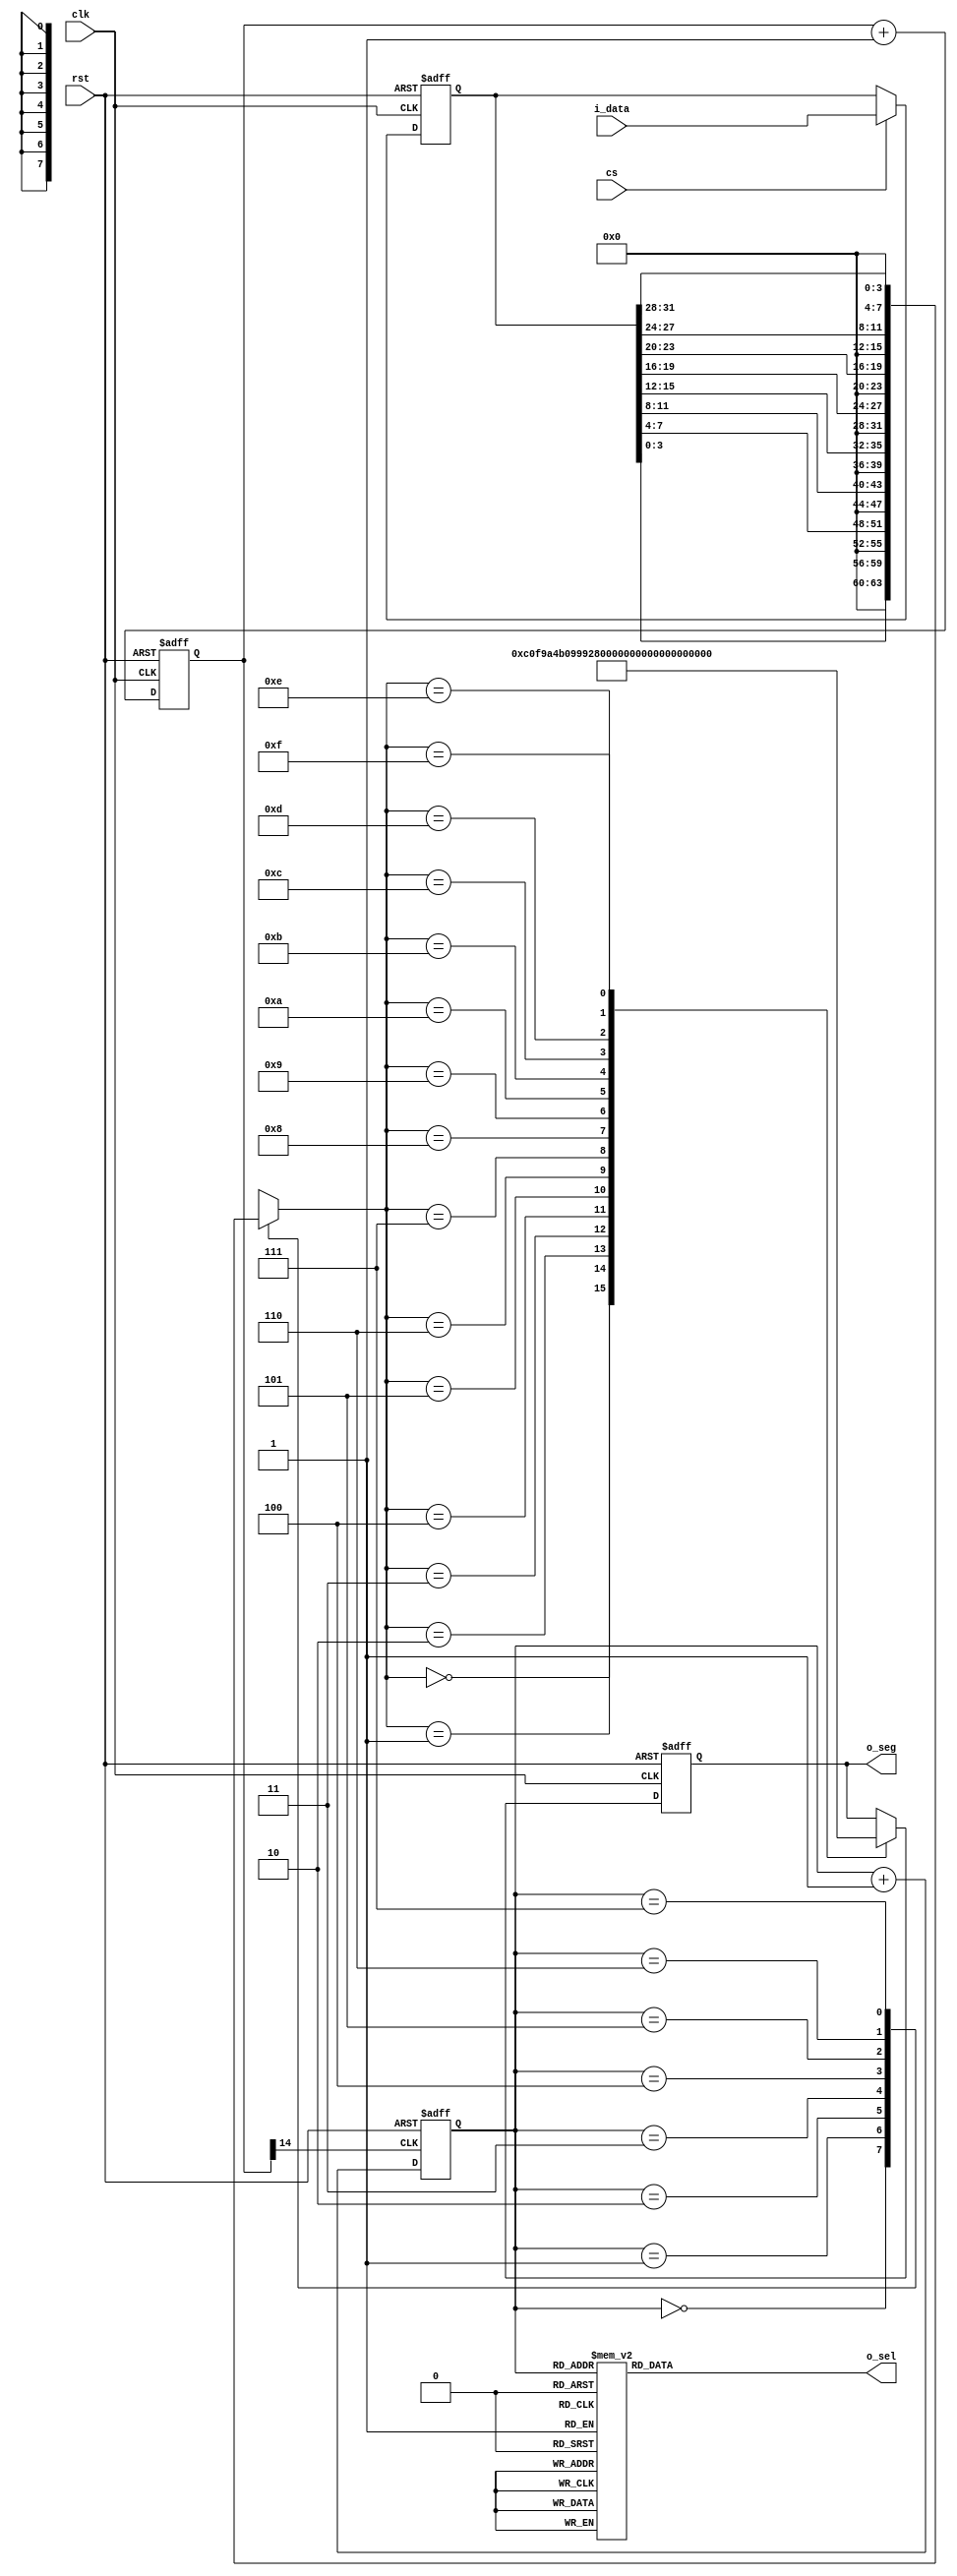
`timescale 1ns / 1ps

module Seg7x16(
    input clk,
	input rst,
	input cs,
	input [31:0] i_data,
	output [7:0] o_seg, // 
	output [7:0] o_sel // 
);

    reg [14:0] count;
    reg [2:0] seg7_addr;
    reg [7:0] o_sel_r;
    reg [31:0] i_data_store;
    reg [7:0] seg_data_r;
    reg [7:0] o_seg_r;

    wire seg7_clk = count[14]; 

    assign o_sel = o_sel_r;
	assign o_seg = o_seg_r;

	always @ (posedge clk or posedge rst)
        if (rst)
            count <= 0;
        else
            count <= count + 1'b1;

	always @ (posedge seg7_clk or posedge rst)
	    if (rst)
		    seg7_addr <= 0;
		else
		    seg7_addr <= seg7_addr + 1'b1;
		  
	always @ (*)
	    case(seg7_addr)
		    7: o_sel_r = 8'b01111111;
		    6: o_sel_r = 8'b10111111;
		    5: o_sel_r = 8'b11011111;
		    4: o_sel_r = 8'b11101111;
		    3: o_sel_r = 8'b11110111;
		    2: o_sel_r = 8'b11111011;
		    1: o_sel_r = 8'b11111101;
		    0: o_sel_r = 8'b11111110;
		endcase
	
	 
	always @ (posedge clk or posedge rst)
	    if(rst)
		    i_data_store <= 0;
		else if(cs)
		    i_data_store <= i_data;
		  
	 
	always @ (*)
	    case(seg7_addr)
		    0: seg_data_r = i_data_store[3:0];
		    1: seg_data_r = i_data_store[7:4];
		    2: seg_data_r = i_data_store[11:8];
		    3: seg_data_r = i_data_store[15:12];
		    4: seg_data_r = i_data_store[19:16];
		    5: seg_data_r = i_data_store[23:20];
		    6: seg_data_r = i_data_store[27:24];
		    7: seg_data_r = i_data_store[31:28];
		endcase
	 
	 
	always @ (posedge clk or posedge rst)
	    if(rst)
		    o_seg_r <= 8'hff;
		else
		    case(seg_data_r)
		        4'h0: o_seg_r <= 8'hC0;
                4'h1: o_seg_r <= 8'hF9;
                4'h2: o_seg_r <= 8'hA4;
                4'h3: o_seg_r <= 8'hB0;
                4'h4: o_seg_r <= 8'h99;
                4'h5: o_seg_r <= 8'h92;
                4'h6: o_seg_r <= 8'h82;
                4'h7: o_seg_r <= 8'hF8;
                4'h8: o_seg_r <= 8'h80;
                4'h9: o_seg_r <= 8'h90;
                4'hA: o_seg_r <= 8'h88;
                4'hB: o_seg_r <= 8'h83;
                4'hC: o_seg_r <= 8'hC6;
                4'hD: o_seg_r <= 8'hA1;
                4'hE: o_seg_r <= 8'h86;
                4'hF: o_seg_r <= 8'h8E;
		    endcase

endmodule